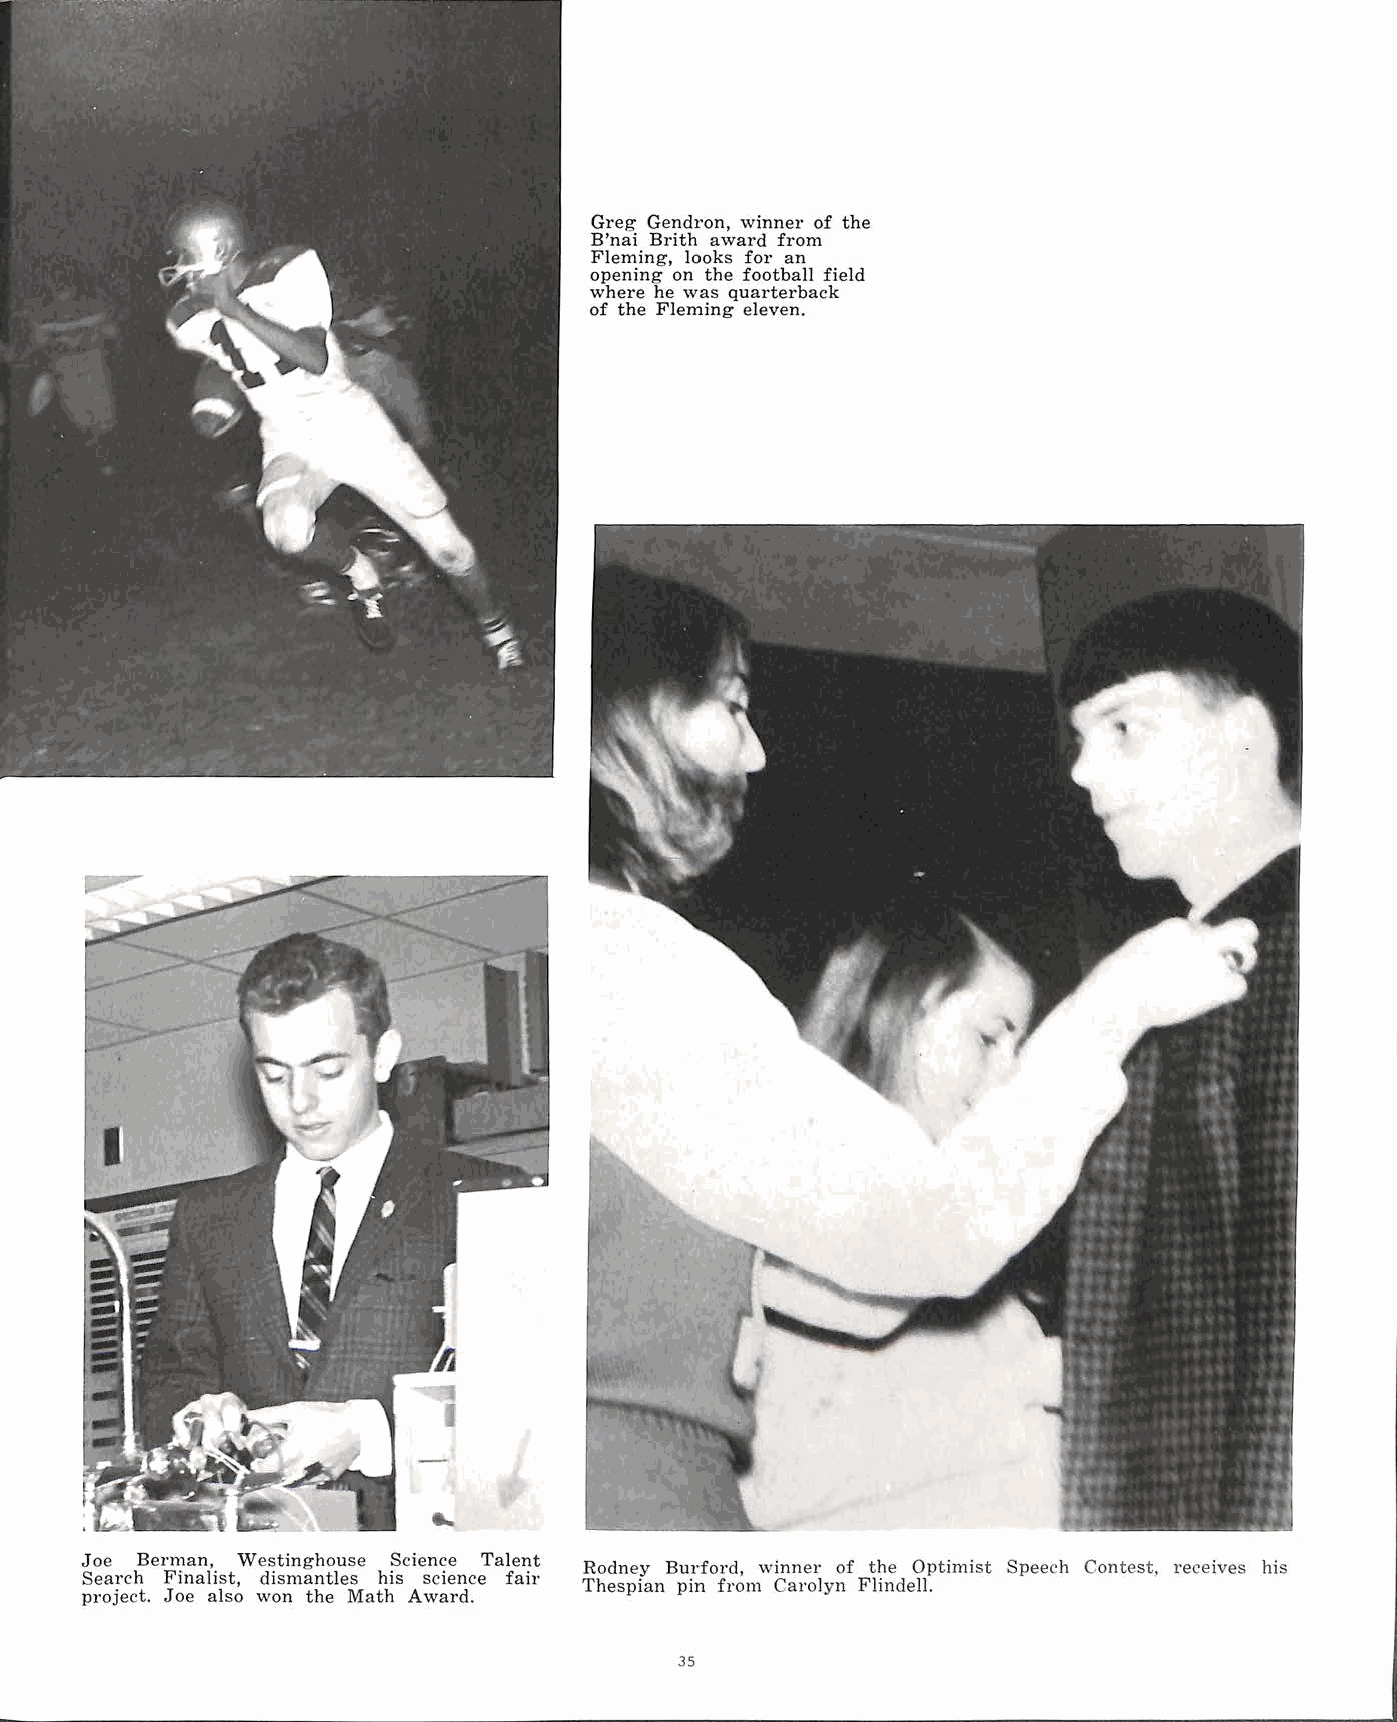
Greg Gendron, winner of the
 B'nai Brith award from
 Fleming, looks for an
 opening on the football field
 where he was quarterback
 of the Fleming eleven.
 Joe Berman, Westinghouse Science Talent
 Rodney Burford, winner of t~e Optimist Speech Contest, receives his
 Search Finalist, dismantles his science fair
 Thespian pin from Carolyn Flmdell.
 project. Joe also won the Math Award.
 35